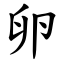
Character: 卵